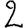
Digit: 2